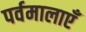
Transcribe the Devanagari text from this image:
पर्वमालाएँ